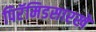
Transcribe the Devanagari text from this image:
पिरॅमिडसारखे